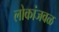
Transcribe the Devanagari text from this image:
लोकांजवळ